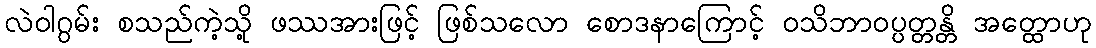
လဲဝါဂွမ်း စသည်ကဲ့သို့ ဖဿအားဖြင့် ဖြစ်သလော စောဒနာကြောင့် ဝသိဘာဝပ္ပတ္တန္တိ အတ္ထောဟု